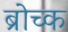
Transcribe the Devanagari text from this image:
ब्रोच्क